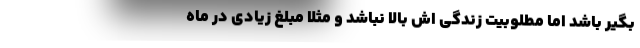
بگیر باشد اما مطلوبیت زندگی اش بالا نباشد و مثلا مبلغ زیادی در ماه